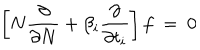
\left[ N { \frac { \partial } { \partial N } } + \beta _ { i } { \frac { \partial } { \partial t _ { i } } } \right] f \ = \ 0